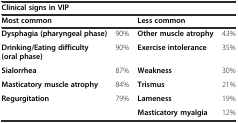
<table><thead><tr><td colspan="4"><b>Clinical signs in VIP</b></td></tr><tr><td colspan="2"><b>Most common</b></td><td colspan="2"><b>Less common</b></td></tr></thead><tbody><tr><td><b>Dysphagia (pharyngeal phase)</b></td><td>90%</td><td><b>Other muscle atrophy</b></td><td>43%</td></tr><tr><td><b>Drinking/Eating difficulty (oral phase)</b></td><td>90%</td><td><b>Exercise intolerance</b></td><td>35%</td></tr><tr><td><b>Sialorrhea</b></td><td>87%</td><td><b>Weakness</b></td><td>30%</td></tr><tr><td><b>Masticatory muscle atrophy</b></td><td>84%</td><td><b>Trismus</b></td><td>21%</td></tr><tr><td><b>Regurgitation</b></td><td>79%</td><td><b>Lameness</b></td><td>19%</td></tr><tr><td>[EMPTY_CELL]</td><td>[EMPTY_CELL]</td><td><b>Masticatory myalgia</b></td><td>12%</td></tr></tbody></table>